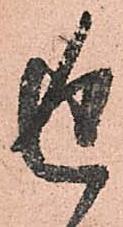
返